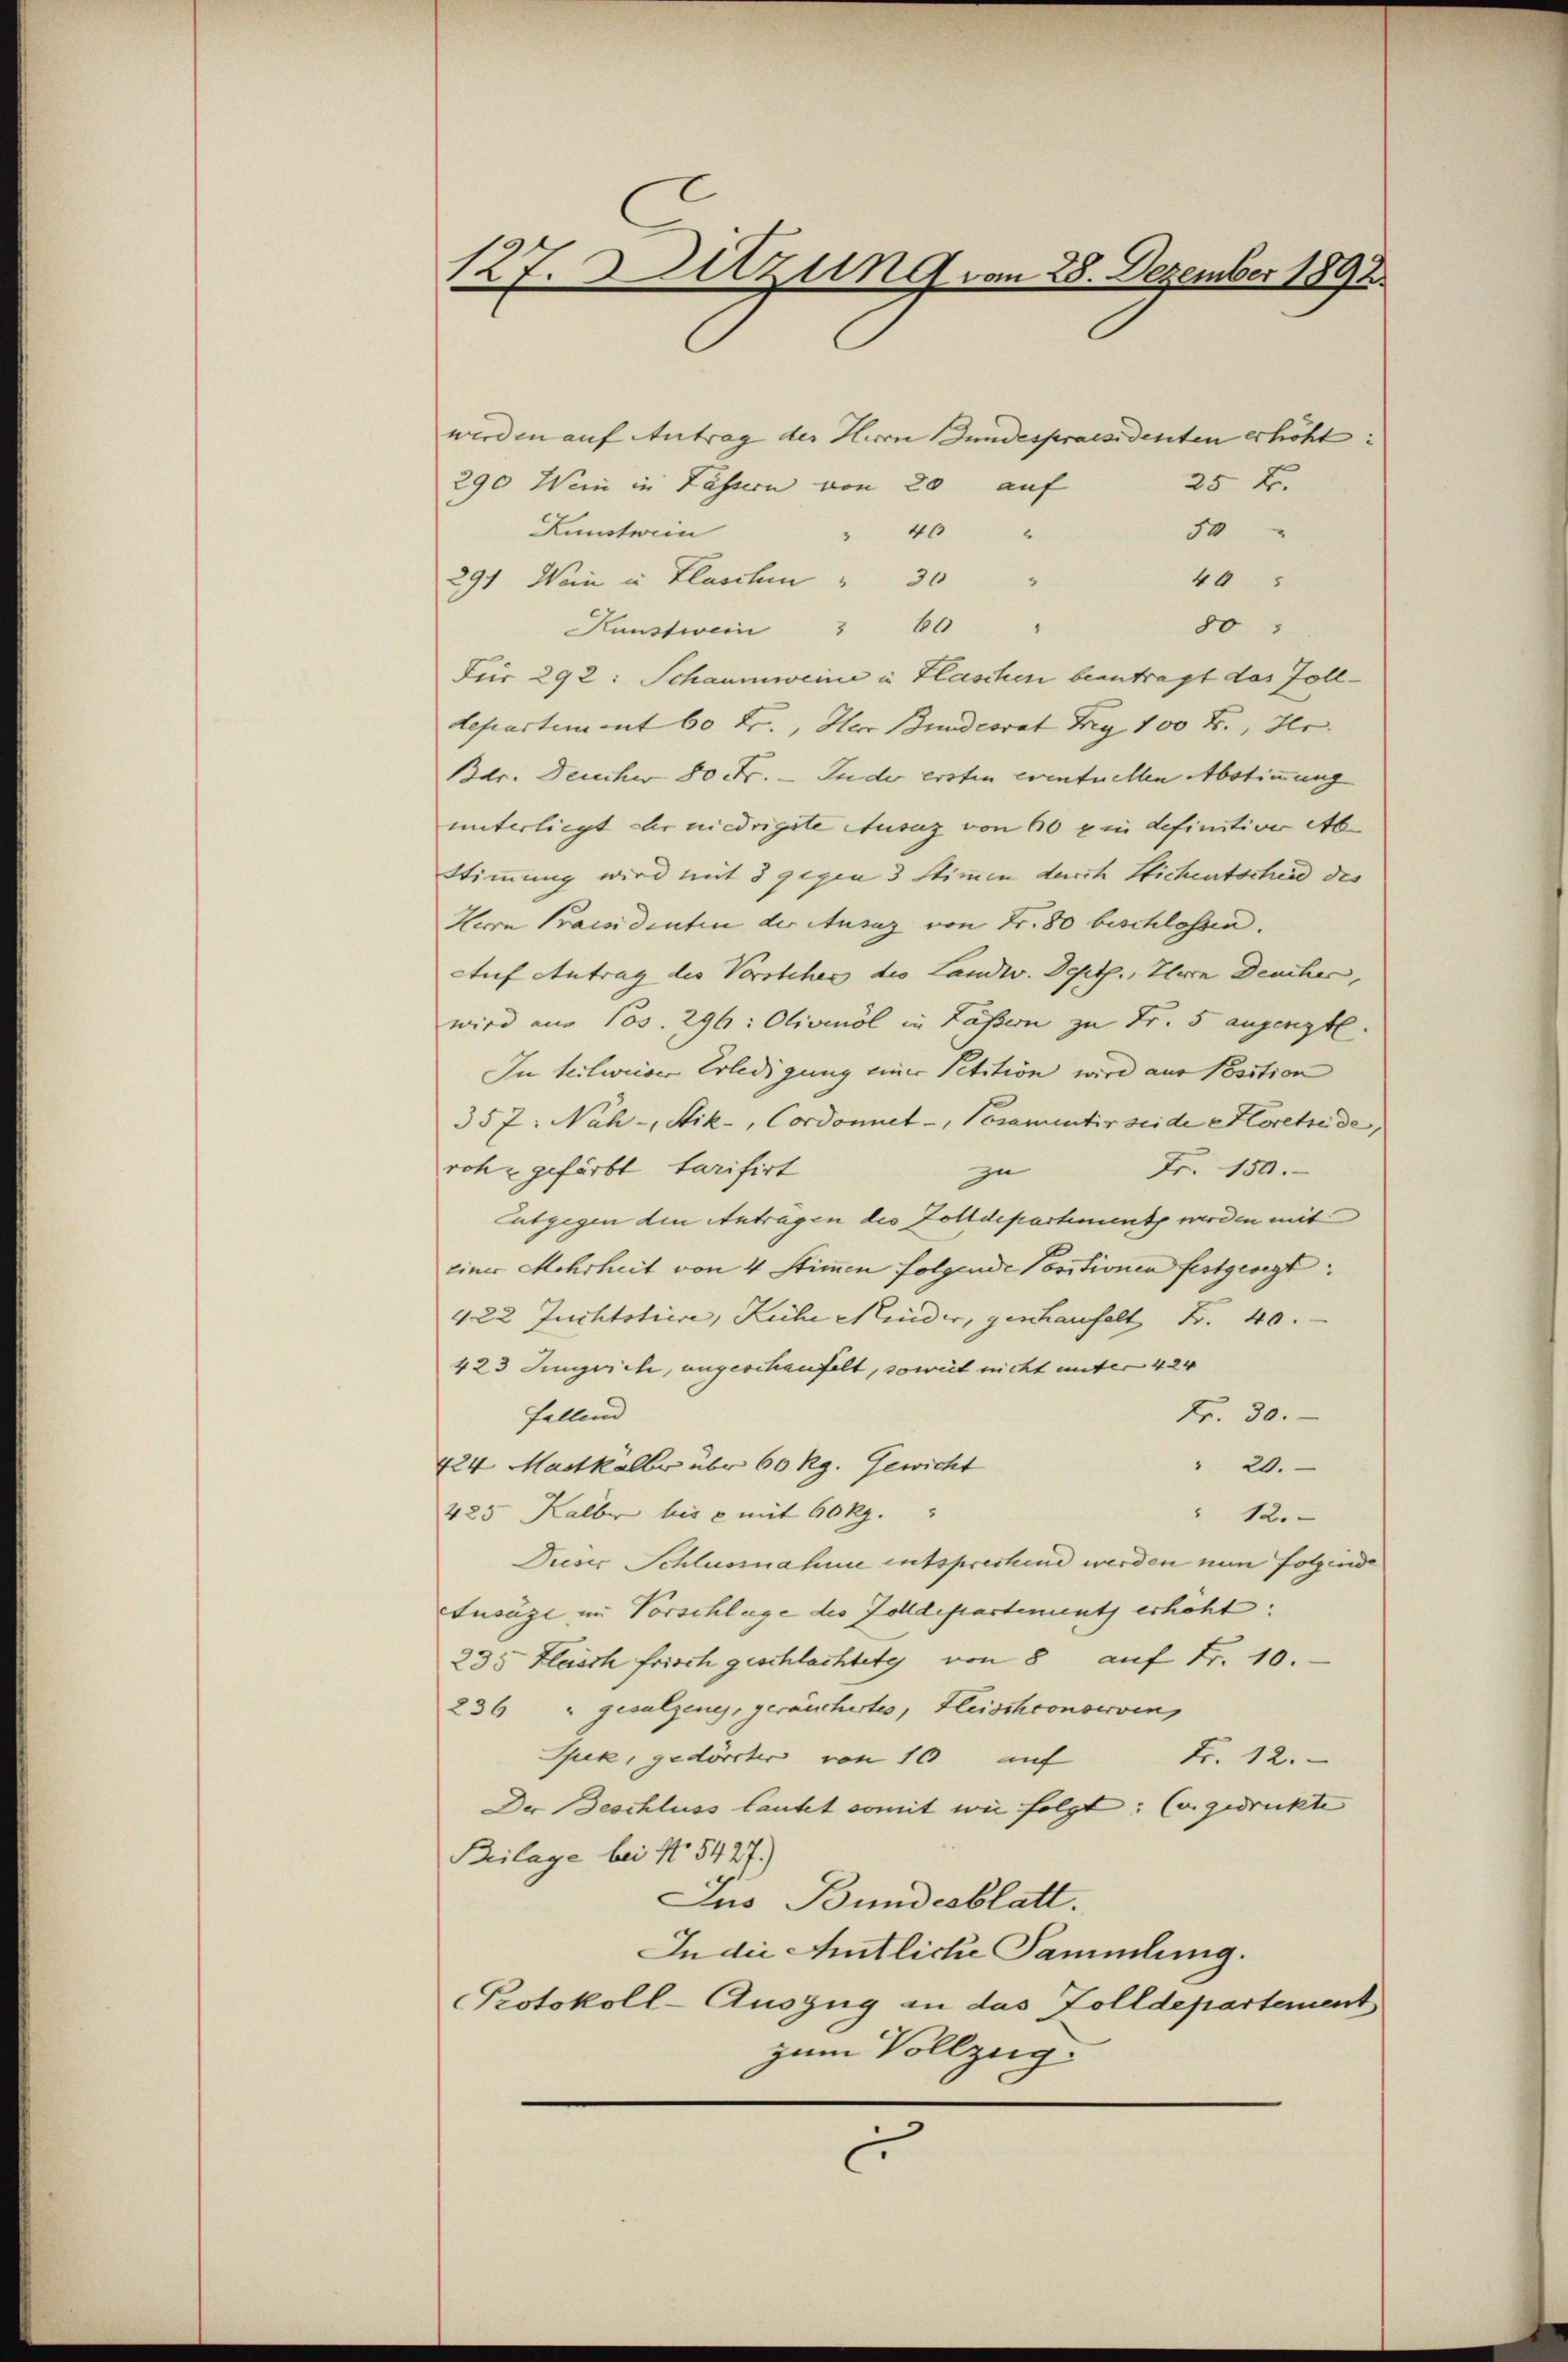
127. Sitzung vom 28. Dezember 1892.

werden auf Antrag der Herrn Bundespraesidenten erhöht:
25 B.
290 Wein in Tässern von 20 auf
Kunstwein
50
46 "
40
291 Wein in Flaschen     "                      "
80
8
Kunstwein 3 60
Für 292: Schaumweine in Flaschen beantragt das Zolldepartement 60 Fr., Herr Bundesrat Fig 100 Fr., Her
Bar. Deucher 50 Fr. - Jude ersten eventuellen Abstimmung
unterliegt der niedrigste Ausaz von 60 x in definitiver Ab
Stimmung wird mit 8 gegen 3 Stimmen durch Sichentscheid des
Herrn Praendenten der Ausaz von Fr. 80 beschlossen.
Auf Antrag des Vorsteher des Landw. Dept., Ihren Deucher,
wird aus 105. 296: Olivinöl in Lassern zu Fr. 5 angeregte
In teilweiser Erledigung einer Petition wird aus Position
357. Nah-, Stik, Cordonnet -, Posamentir seide Horette de
roh gefärbt, tarisirt
Fr. 150.
zu
ntgegen den Antragen des Zolldepartement werden mit
einer Mehrheit von 4 Stimmen folgende Positionen festgesegt:
422 Juchtstiere, Liche Minder, geschaufelt Fr. 40.
423 Jungvieh, angeschaufelt, soweit nicht unter 424
fallend
Fr. 30.
424. Martkälber über 60 Rg. Gewicht
" 20.
425 Kalbe bis 6 mit 60 Rp.
" 12.
Pueser Schlussnahme entsprechend werden nun folgende
Fusage in Vorschlage des Zolldepartements erheht. |
235 Fleisch frisch geschlachtete von 8 auf Fr. 10.
236 " gesalzene, geräuchertes, Fleischconserven
Spek, gedörcher von 10 auf Fr. 12.
Der Beschluss lautet somit wie folgt: (u. gedruckte
Beilage bei No 5427.)
Jus Bundesblatt.
In die Amtliche Sammlung.
Protokoll-Auszug an das Zolldepartement
zum Vollzug.
.